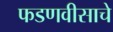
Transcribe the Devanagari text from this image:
फडणवीसाचे